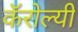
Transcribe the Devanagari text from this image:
कॅरोल्यी